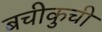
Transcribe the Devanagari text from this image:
बचीकुची